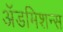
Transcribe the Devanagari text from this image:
अॅडमिशन्स